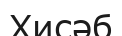
Хисәб